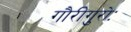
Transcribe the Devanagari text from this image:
गौरीगुरोः